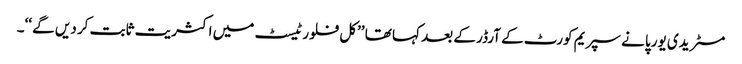
مسٹر یدی یورپا نے سپریم کورٹ کے آرڈر کے بعد کہا تھا ’’کل فلور ٹیسٹ میں اکثریت ثابت کر دیں گے ‘‘۔